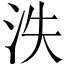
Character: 泆